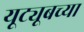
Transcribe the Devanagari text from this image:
यूट्यूबच्या